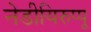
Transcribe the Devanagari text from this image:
नेडीयिरुप्पू